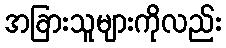
အခြားသူများကိုလည်း